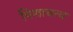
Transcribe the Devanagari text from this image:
पिशाचत्व